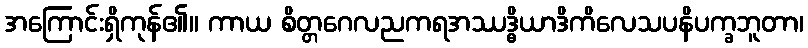
အကြောင်းရှိကုန်၏။ ကာယ စိတ္တဂေလညကရအဿဒ္ဓိယာဒိကိလေသပနိပက္ခဘူတာ၊